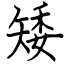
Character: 矮